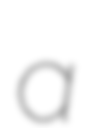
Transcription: a